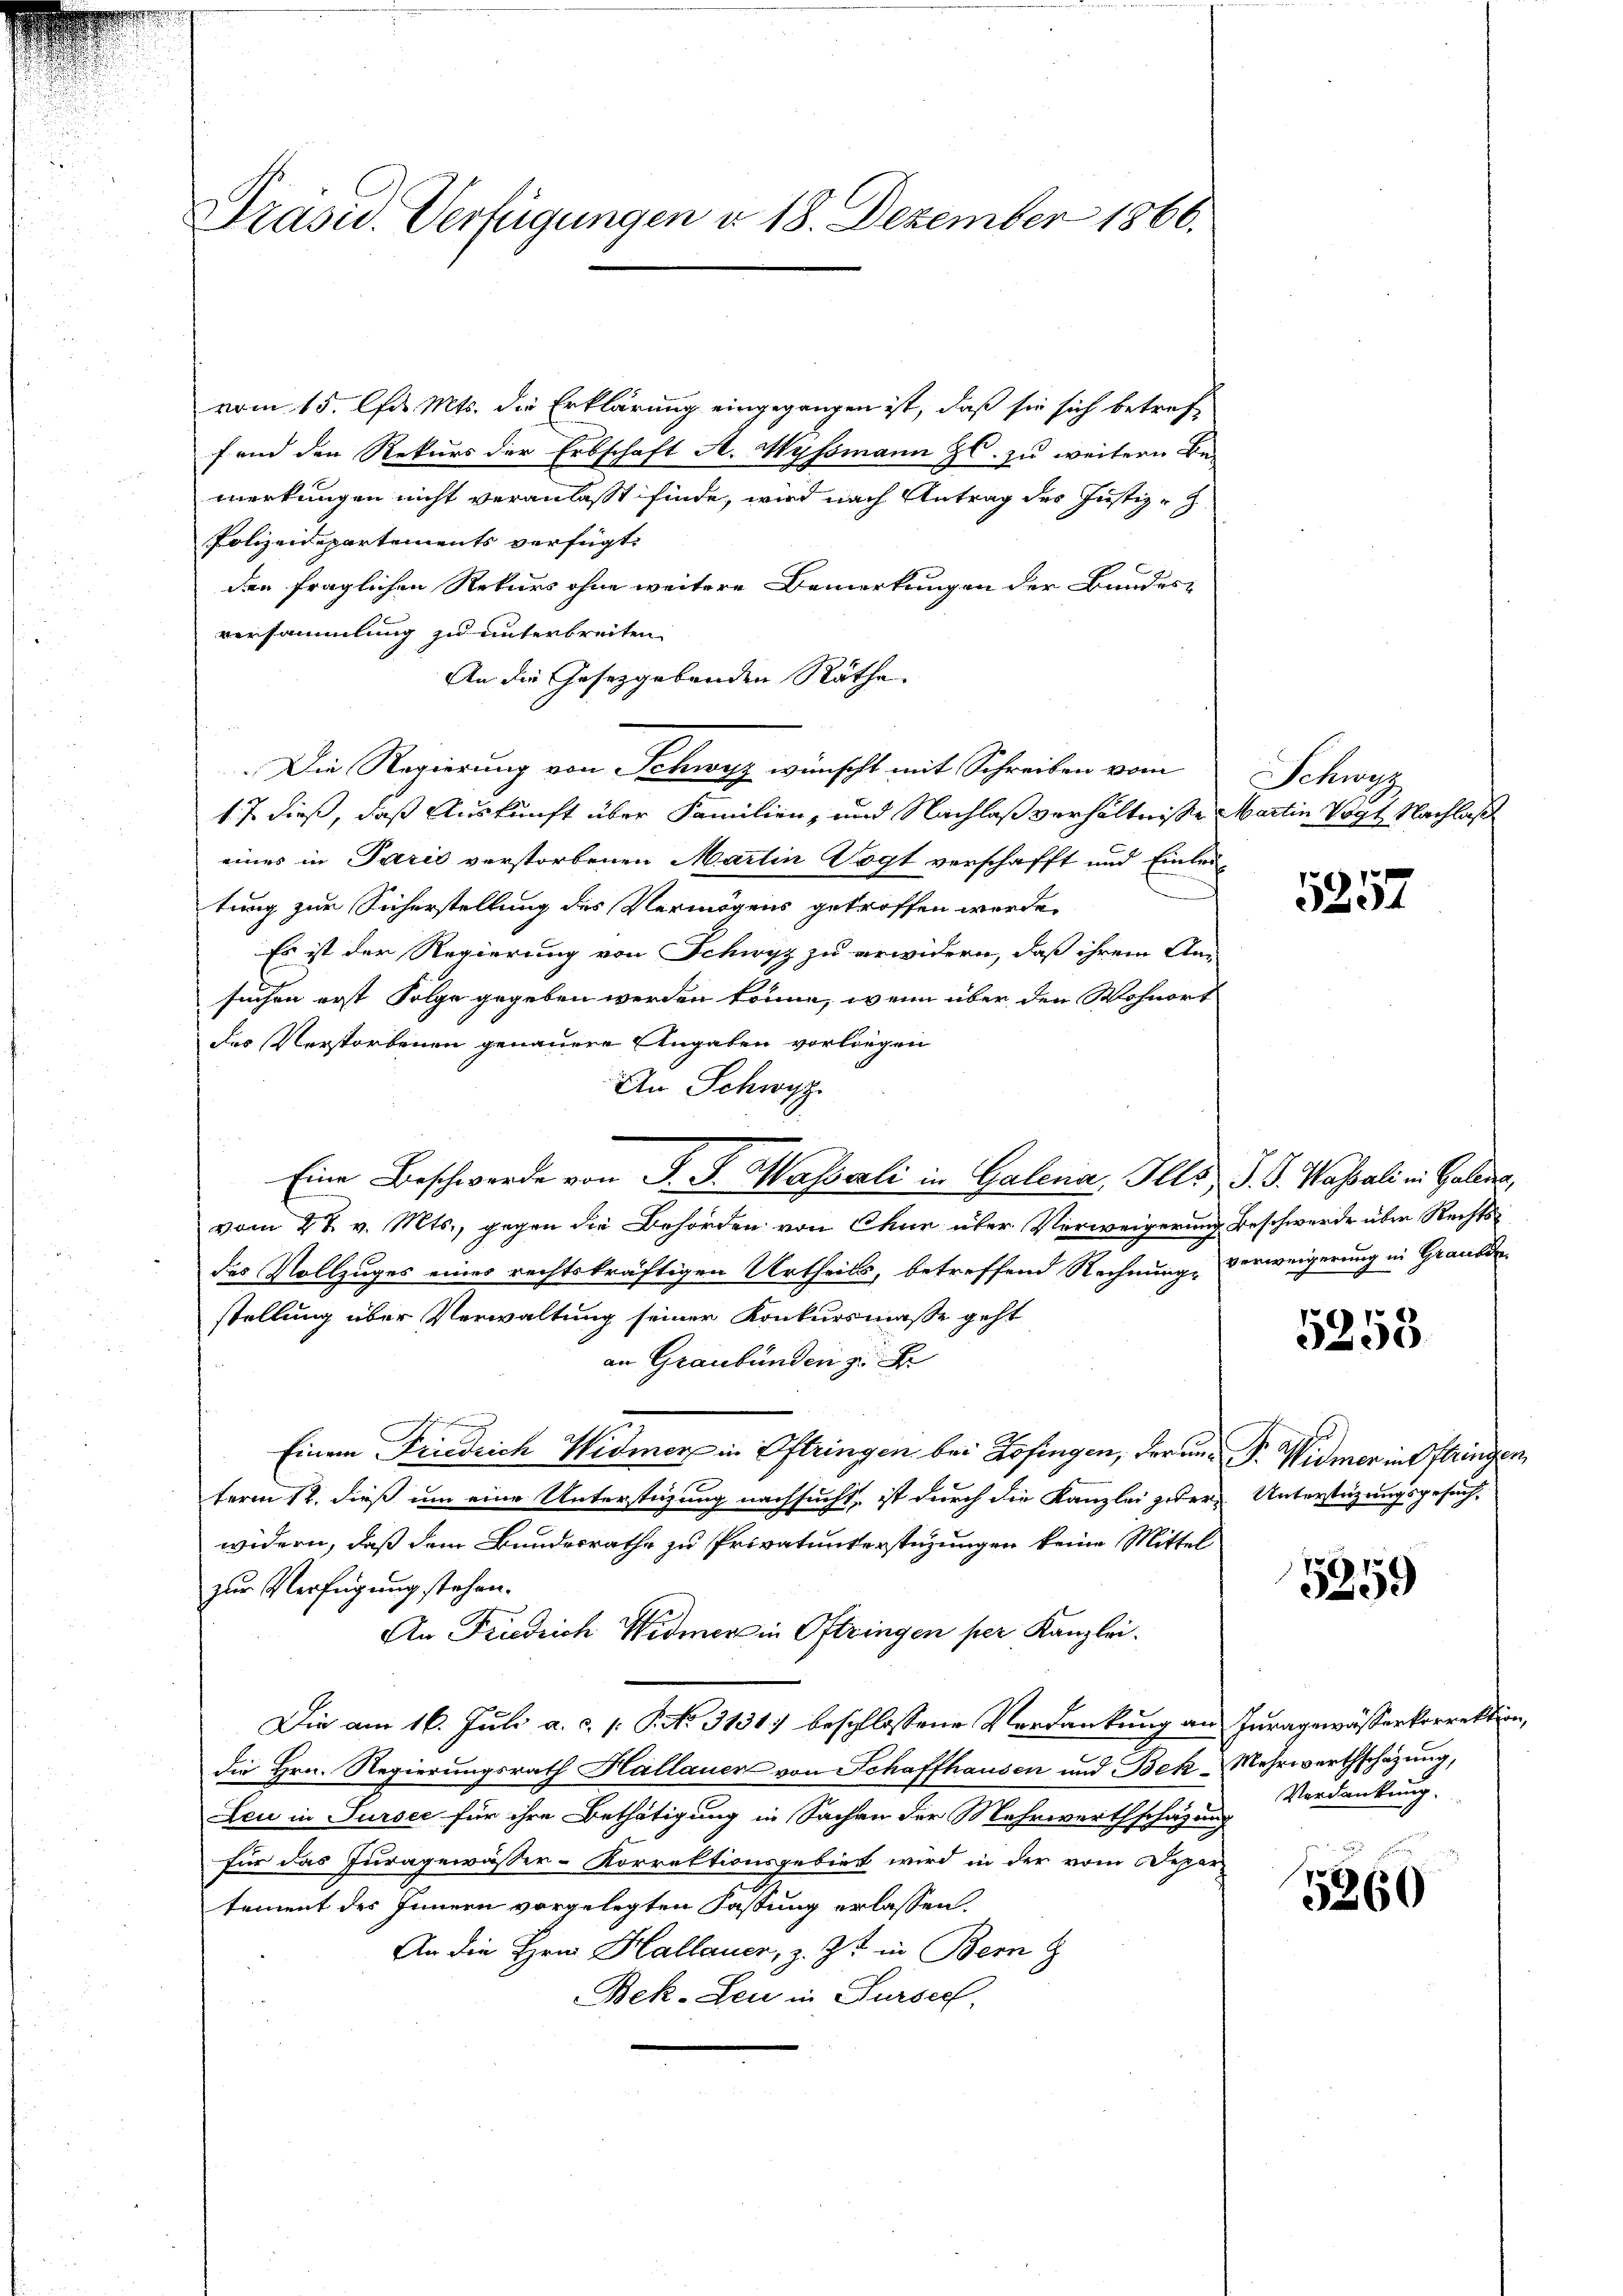
Präsid. Verfügungen d. 18. Dezember 1866.

vom 15. d. Mts. die Erklärung eingegangen ist, daß sie sich betreffend den Rekurs der Erbschaft A. Myssmann J. zu weitern Be-
merkungen nicht veranlasst finde, wird nach Antrag des Justiz-
Polizei partements verfügt
den fraglichen Rekurs ohne weitere Bemerkungen der Bundes-
versammlung zu unterbreiten.
An die Gesetzgebenden Räthe.
Die Regierung von Schwyz wünscht mit Schreiben vom
1. J. dieß, daß Auskunft über Familien- und Nachlaßverhältnisse Martin Vogt Nachlaß
eines in Parić verstorbenen Martin Vogt verschafft und Einleitung zur Sicherstellung des Vermögens getroffen werde.
Es ist der Regierung von Schwyz zu erwidern, daß ihrem An-
suchen erst Folge gegeben werden könne, wenn über den Wohnort
des Verstorbenen genauere Angaben vorliegen
An Schwyz.
vom 2t v. Mts., gegen die Behörden von Chur über Verweigerung beschwerde über Rechtsd
des Vollzuges eines rechtskräftigen Urtheils, betreffend Rechnung verweigerung in Graube
stellung über Verwaltung seiner Konkursmaße geht
an Graubünden zu
Einem Friedrich Widmer in Oftringen bei Zofingen, der an Sr. Widmer in ftringen,
term 12. dieß um eine Unterstigung nachsucht, ist durch die Kanzlei jeder Unterstüzungsgesuch,
widern, daß dem Bundesrathe zu Privatunterstüzungen keine Mittel
zur Verfügung stehen.
An Friedrich Widmer in Oftringen per Kanzlei.
Die am 16. Juli a. c. s. P. No. 3131) beschlossene Verdankung an Juragewässerkorrektion,
die Hrn. Regierungsrath Hallauer von Schaffhausen und Bek Mehrwerthschazung,
Leu in Sursee für ihre Bethätigung in Sachen der Mehrwerthschazung
für das Juragewässer-Korrektionsgebiet wird in der vom Depar
tement des Innern vorgelegten Fastung erlassen
An die Hrn. Hallauer, z. Zt. in Bern
Bek-Leu in Sursee,

Eine Beschwerde von P. F. Wasserli in Galena, Ils J. J. Wassali in Gulden,

Schwyz

5257

5258

5359

Verdankung.

5260